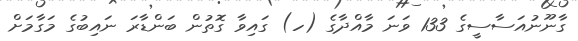
ގާނޫނުއަސާސީގެ 133 ވަނަ މާއްދާގެ (ހ) ގައިވާ ގޮތުން ބަންޑާރަ ނައިބުގެ މަގާމަށް